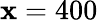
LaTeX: \mathbf{x}=400